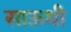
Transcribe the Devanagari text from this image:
साऊथी